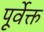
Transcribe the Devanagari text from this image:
पूर्वेक्त